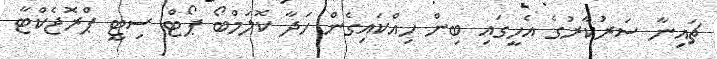
ޗައިނާ ސަރުކާރުގެ އެހީގައި ބިން ހިއްކައިގެން ހަދާ ކޮލަމްބޯ ޕޯޓް ސިޓީ ޕްރޮޖެކްޓާ